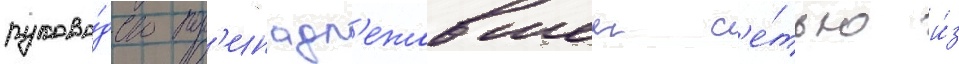
руково́дство пр'инадл'ежавшеи с'е́тью и́з